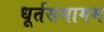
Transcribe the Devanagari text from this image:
धूर्तसमागम